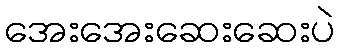
အေးအေးဆေးဆေးပဲ